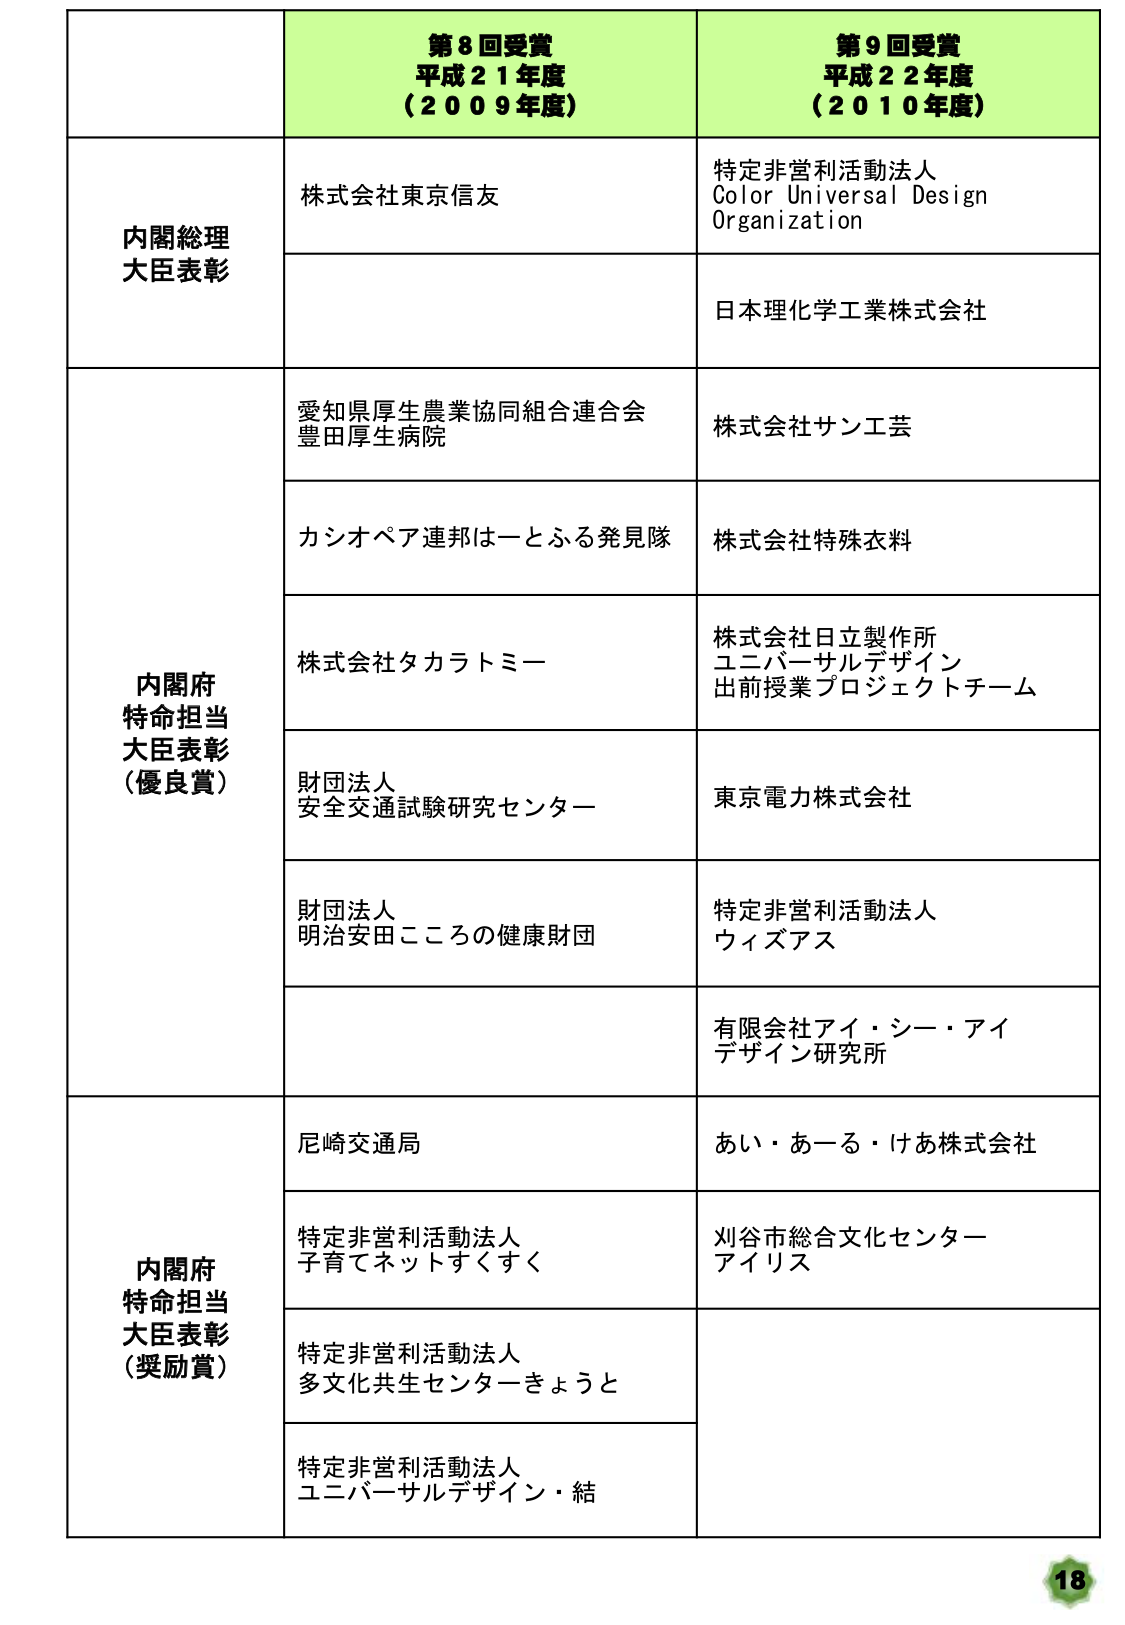
第8回受賞
平成21年度
（2009年度）

第9回受賞
平成22年度
（2010年度）

内閣総理大臣表彰
株式会社東京信友
特定非営利活動法人
Color Universal Design
Organization
日本理化学工業株式会社

内閣府特命担当大臣表彰（優良賞）
愛知県厚生農業協同組合連合会
豊田厚生病院
カシオペア連邦はーとふる発見隊
株式会社タカラトミー
財団法人
安全交通試験研究センター
財団法人
明治安田こころの健康財団
株式会社サンエイ
株式会社特殊衣料
株式会社日立製作所
ユニバーサルデザイン
出前授業プロジェクトチーム
東京電力株式会社
特定非営利活動法人
ウィズアス
有限会社アイ・シー・アイ
デザイン研究所

内閣府特命担当大臣表彰（奨励賞）
尼崎交通局
特定非営利活動法人
子育てネットすくすく
特定非営利活動法人
多文化共生センターきょうと
特定非営利活動法人
ユニバーサルデザイン・結
あい・あーる・けあ株式会社
刈谷市総合文化センター
アイリス

18